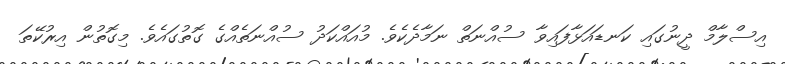
އިސްލާމް ދީނުގައި ކަނޑައަޅާފައިވާ ސުއްނަތް ނަމާދެކެވެ. މުއައްކަދު ސުއްނަތެއްގެ ގޮތުގައެވެ. މިގޮތުން އިރުކޭތަ